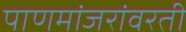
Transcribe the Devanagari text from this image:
पाणमांजरांवरती